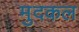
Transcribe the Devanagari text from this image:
मुदकल